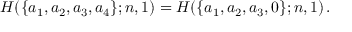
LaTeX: H ( \{ a _ { 1 } , a _ { 2 } , a _ { 3 } , a _ { 4 } \} ; n , 1 ) = H ( \{ a _ { 1 } , a _ { 2 } , a _ { 3 } , 0 \} ; n , 1 ) \, .